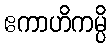
ဧကာဟိကမ္ပိ